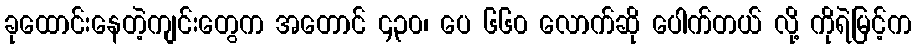
ခုထောင်းနေတဲ့ကျင်းတွေက အတောင် ၄၃၀၊ ပေ ၆၆၀ လောက်ဆို ပေါက်တယ် လို့ ကိုရဲမြင့်က